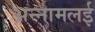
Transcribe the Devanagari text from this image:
अन्‍नामलई